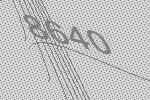
8640